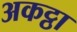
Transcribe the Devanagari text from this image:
अकट्ठा